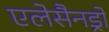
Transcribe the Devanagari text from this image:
एलेसैनड्रो